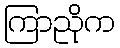
ကြာညိုက